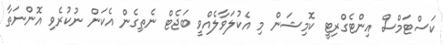
ކަސްޓަމްސް އިންޓެގްރިޓީ ކޮމިޝަން މި އެކުލަވާލެއްވީ ބަޖެޓް ނެތިގެން އެކަން ނުކުރެވި އޮންނަތާ